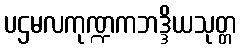
ပဌမလကုဏ္ဍကဘဒ္ဒိယသုတ္တ